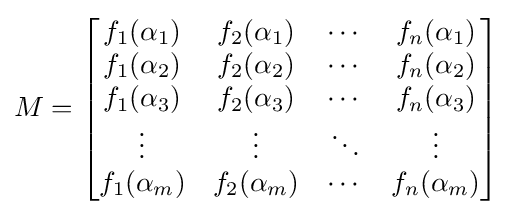
M={\begin{bmatrix}f_{1}(\alpha _{1})&f_{2}(\alpha _{1})&\cdots &f_{n}(\alpha _{1})\\f_{1}(\alpha _{2})&f_{2}(\alpha _{2})&\cdots &f_{n}(\alpha _{2})\\f_{1}(\alpha _{3})&f_{2}(\alpha _{3})&\cdots &f_{n}(\alpha _{3})\\\vdots &\vdots &\ddots &\vdots \\f_{1}(\alpha _{m})&f_{2}(\alpha _{m})&\cdots &f_{n}(\alpha _{m})\\\end{bmatrix}}